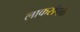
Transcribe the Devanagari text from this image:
लाकसंपर्क